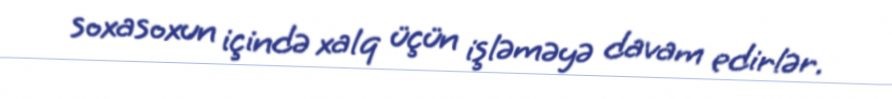
soxasoxun içində xalq üçün işləməyə davam edirlər.